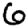
Digit: 6